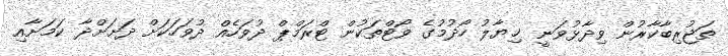
ތަޖުރިބާކާރުން ވިދާޅުވަނީ ޚިޔާލު ހޯދުމުގެ ވޯޓްތަކުން ޓްރަމްޕް ދުވަހެއް ދުވަހަކަށް ދަށަށްދާ ކަމަށާއި